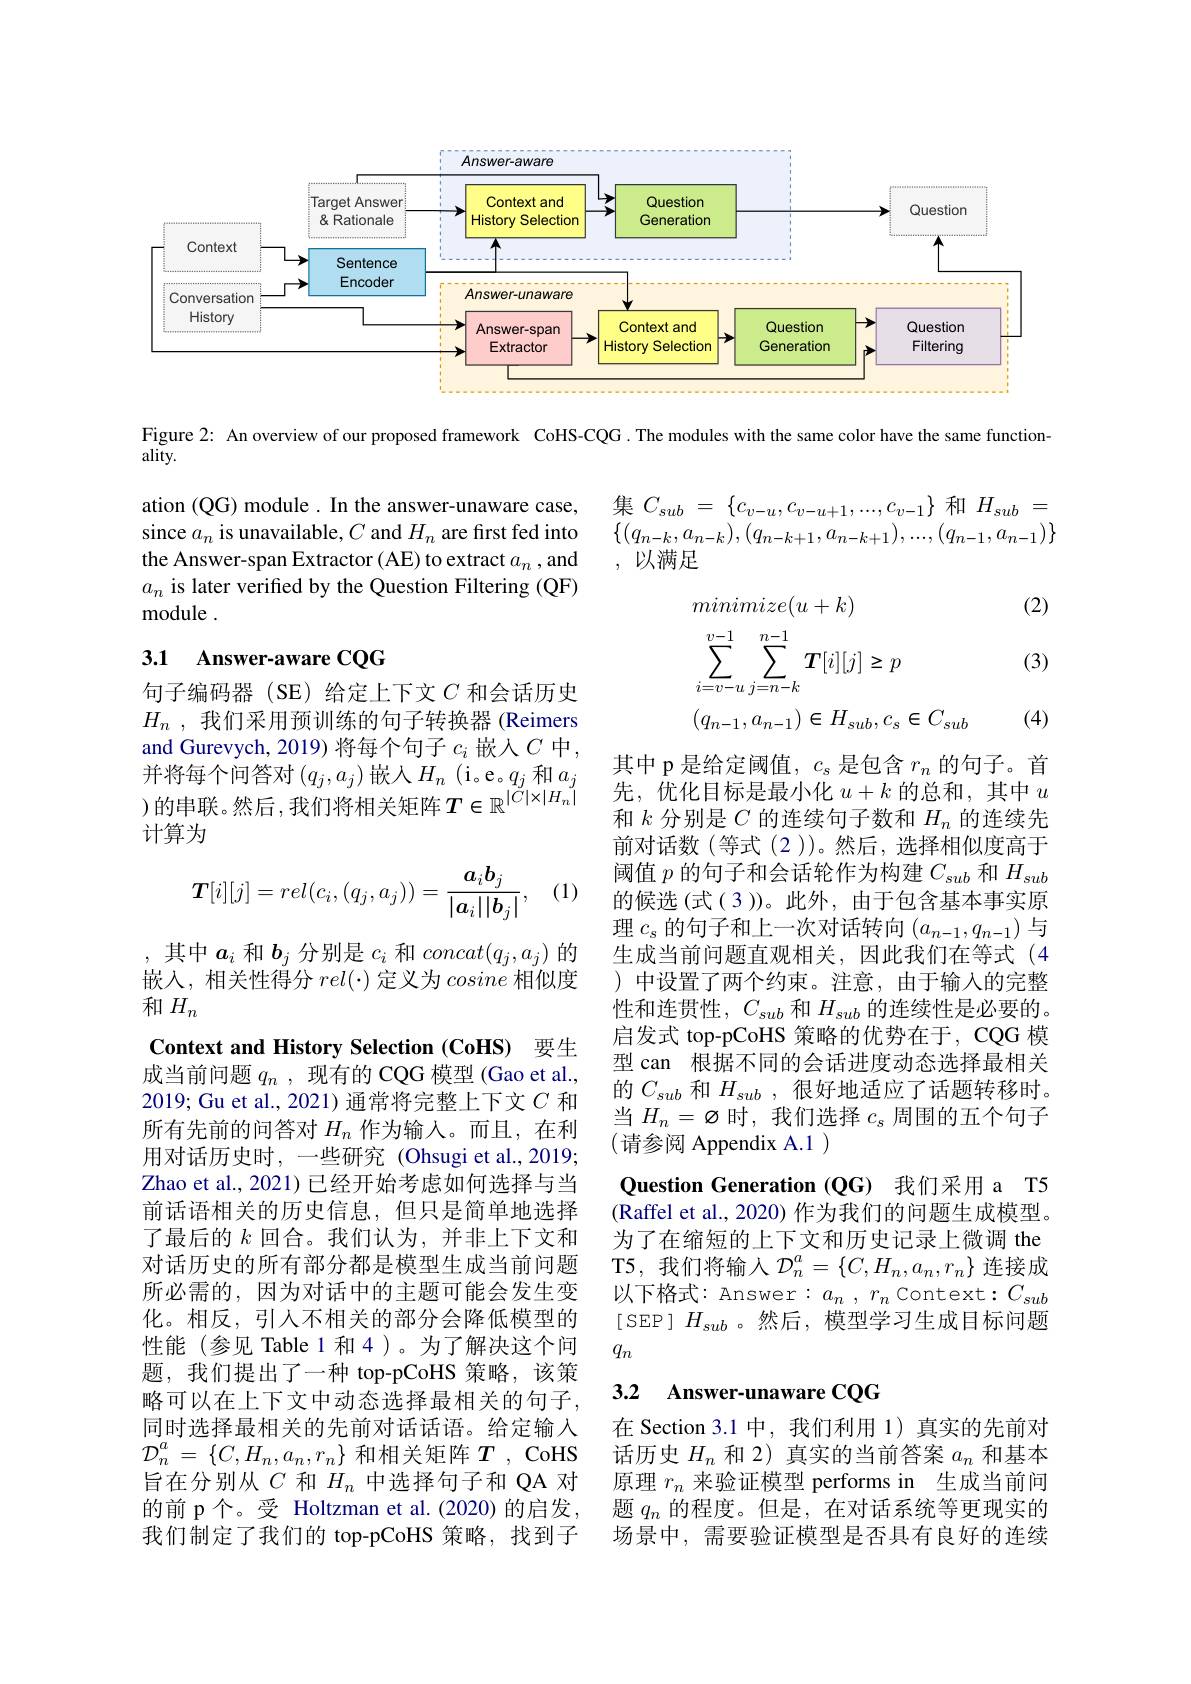
<FigureHere>

Figure 2: An overview of our proposed framework CoHS-CQG.The modules with the same color have the same function-

ality.

集$C_{sub}=\{c_{v-u},c_{v-u+1},...,c_{v-1}\}$和$H_sub=$ $\{(q_{n-k},a_{n-k}),(q_{n-k+1},a_{n-k+1}),\ldots,(q_{n-1},a_{n-1})\}$ , 以满足

ation (QG) module . In the answer-unaware case, since $a_n$ is unavailable, $C$ and $H_n$ are first fed into the Answer-span Extractor (AE) to extract $a_n$ , and $a_n$ is later verified by the Question Filtering (QF) module .

(2)

### 3.1 Answer-aware CQG

(3)
$$\begin{aligned}&minimize(u+k)\\&\sum_{i=v-u}^{v-1}\sum_{j=n-k}^{n-1}\boldsymbol{T}[i][j]\geq p\\&(q_{n-1},a_{n-1})\in H_{sub},c_{s}\in C_{sub}\end{aligned}$$
(4)

句子编码器(SE)给定上下文$C$ 和会话历史$H_n$ ,我们采用预训练的句子转换器 (Reimers and Gurevych, 2019) 将每个句子$c_i$嵌人$C$中并将每个问答对$\left(q_j,a_j\right)$嵌入$H_n$(i。e。$q_j$ 和$a_j$ ) 的串联。然后，我们将相关矩阵$T\in\mathbb{R}^|C|\times|H_n|$ 计算为

(1)
$$\boldsymbol{T}[i][j]=rel(c_i,(q_j,a_j))=\frac{a_ib_j}{|\boldsymbol{a}_i||\boldsymbol{b}_j|},$$
其中 p 是给定阈值，$c_s$是包含$r_n$的句子。首先，优化目标是最小化$u+k$的总和，其中$u$ 和$k$分别是$C$的连续句子数和$H_n$的连续先前对话数(等式(2))。然后，选择相似度高于阈值$p$的句子和会话轮作为构建$C_{sub}$和$H_{sub}$ 的候选(式(3))。此外，由于包含基本事实原理$c_s$的句子和上一次对话转向$(a_n-1,q_{n-1})$与生成当前问题直观相关，因此我们在等式(4 )中设置了两个约束。注意，由于输入的完整性和连贯性，$C_{sub}$和$H_{sub}$的连续性是必要的。启发式 top-pCoHS 策略的优势在于，CQG 模型 can 根据不同的会话进度动态选择最相关的$C_{sub}$和$H_{sub}$,很好地适应了话题转移时。当$H_n=\varnothing$时，我们选择$c_\mathrm{s}$周围的五个句子(请参阅 Appendix A.1)
Question Generation (QG) 我们采用 a T5 (Raffel et al., 2020) 作为我们的问题生成模型。为了在缩短的上下文和历史记录上微调 the T5,我们将输入$\mathcal{D}_n^a=\{C,H_n,a_n,r_n\}$ 连接成以下格式：Answer: $a_n$ , $r_n$ Context$:C_sub$ [ SEP ] $H_{sub}$ 。然后，模型学习生成目标问题$q_n$

,其中$a_i$和$b_j$分别是$c_i$和$concat(q_j,a_j)$的嵌入，相关性得分$rel(\cdot)$定义为cosine相似度和$H_n$
Context and History Selection (CoHS) 要生成当前问题$q_n$ ,现有的 CQG 模型 (Gao et al. 2019; Gu et al., 2021) 通常将完整上下文$C$和所有先前的问答对$H_n$作为输入。而且，在利用对话历史时，一些研究(Ohsugi et al.,2019; Zhao et al., 2021) 已经开始考虑如何选择与当前话语相关的历史信息，但只是简单地选择了最后的$k$回合。我们认为，并非上下文和对话历史的所有部分都是模型生成当前问题所必需的，因为对话中的主题可能会发生变化。相反，引人不相关的部分会降低模型的性能(参见 Table 1 和 4)。为了解决这个问题，我们提出了一种 top-pCoHS 策略，该策略可以在上下文中动态选择最相关的句子， 同时选择最相关的先前对话话语。给定输入$\mathcal{D}_n^a=\{C,H_n,a_n,r_n\}$和相关矩阵$T$ , CoHS 旨在分别从$C$和$H_n$中选择句子和 QA 对的前 p个。受 Holtzman et al.(2020) 的启发， 我们制定了我们的 top-pCoHS 策略，找到子

### 3.2 Answer-unaware CQG

在 Section 3.1 中，我们利用 1) 真实的先前对话历史$H_n$和 2) 真实的当前答案$a_n$和基本原理$r_n$来验证模型 performs in 生成当前问题$q_n$的程度。但是，在对话系统等更现实的场景中，需要验证模型是否具有良好的连续